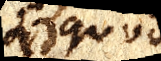
quod